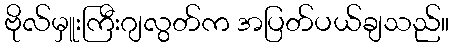
ဗိုလ်မှူးကြီးဂျလွတ်က အပြတ်ပယ်ချသည်။